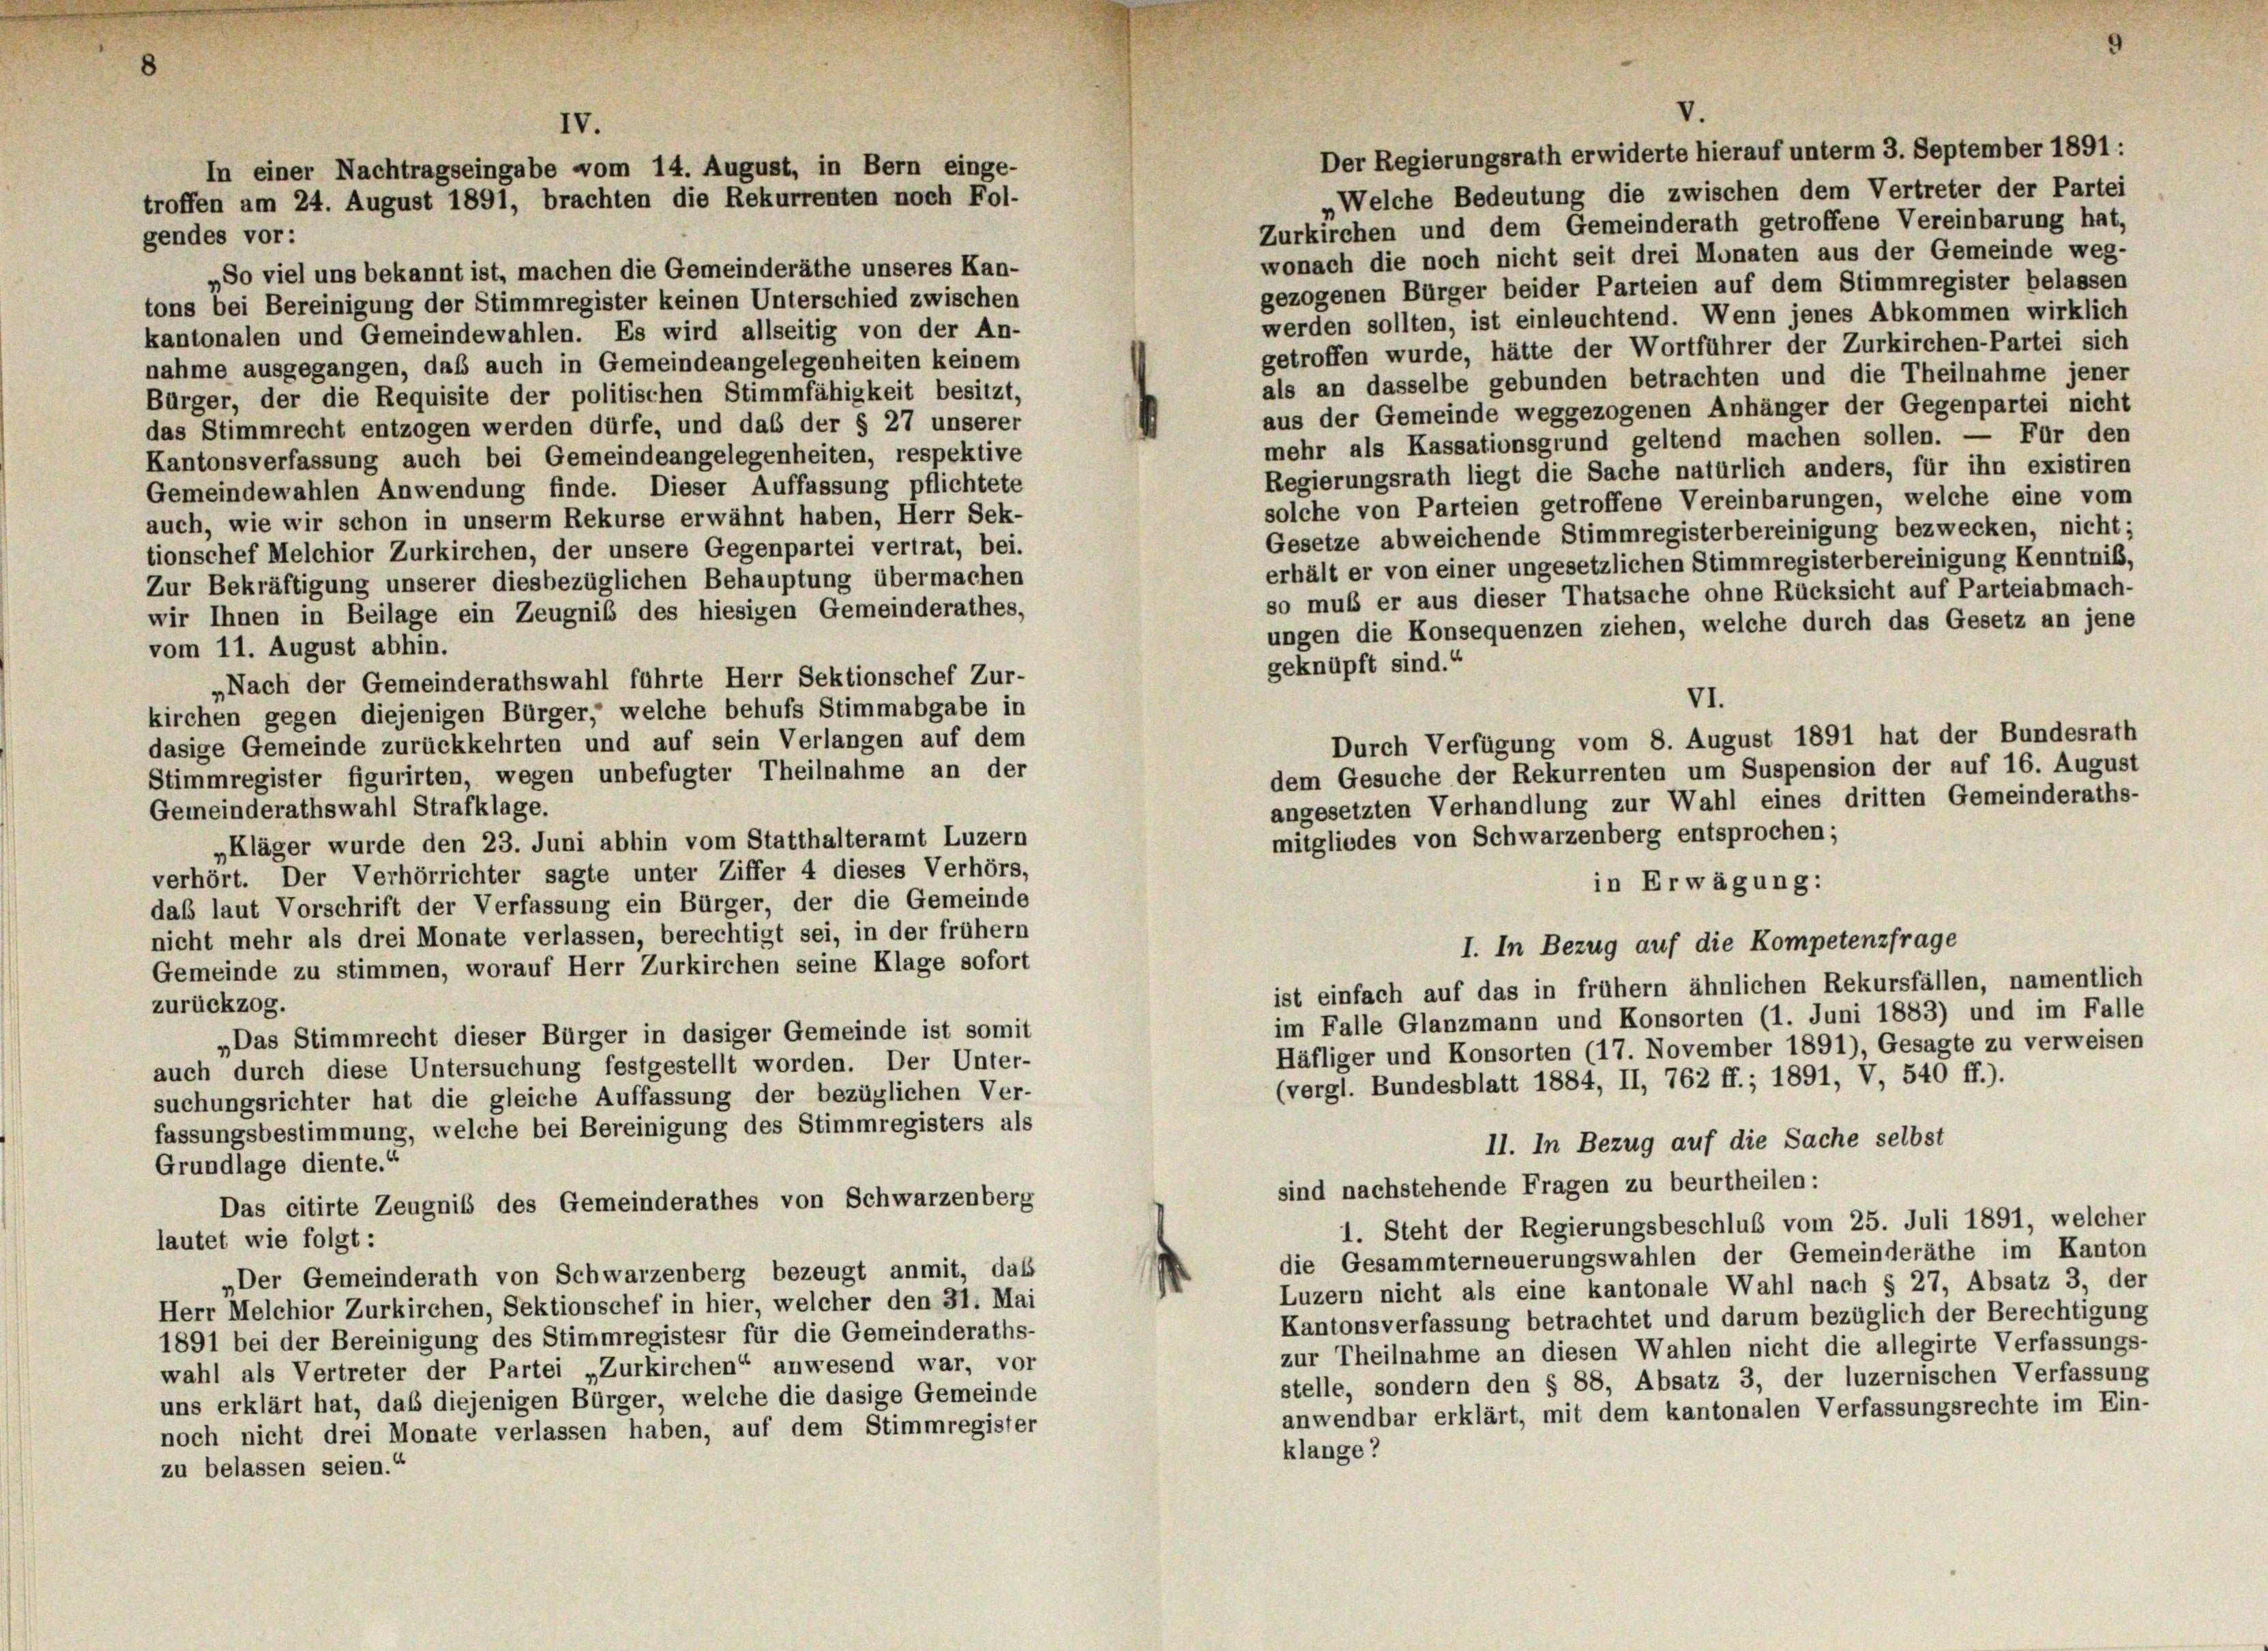
IV.
In einer Nachtragseingabe vom 14. August, in Bern einge-
troffen am 24. August 1891, brachten die Rekurrenten noch Fol-
gendes vor:

V.

Der Regierungsrath erwiderte hierauf unterm 3. September 1891 :
Welche Bedeutung die zwischen dem Vertreter der Partei
Zurkirchen und dem Gemeinderath getroffene Vereinbarung hat,
wonach die noch nicht seit drei Monaten aus der Gemeinde weg-
„So viel uns bekannt ist, machen die Gemeinderäthe unseres Kan-
gezogenen Bürger beider Parteien auf dem Stimmregister belassen
tons bei Bereinigung der Stimmregister keinen Unterschied zwischen
werden sollten, ist einleuchtend. Wenn jenes Abkommen wirklich
kantonalen und Gemeindewahlen. Es wird allseitig von der An-
getroffen wurde, hätte der Wortführer der Zurkirchen-Partei sich
nahme ausgegangen, daß auch in Gemeindeangelegenheiten keinem
als an dasselbe gebunden betrachten und die Theilnahme jener
Bürger, der die Requisite der politischen Stimmfähigkeit besitzt,
aus der Gemeinde weggezogenen Anhänger der Gegenpartei nicht
das Stimmrecht entzogen werden dürfe, und das der § 27 unserer
mehr als Kassationsgrund geltend machen sollen. — Für den
Kantonsverfassung auch bei Gemeindeangelegenheiten, respektive
Regierungsrath liegt die Sache natürlich anders, für ihn existiren
Gemeindewahlen Anwendung finde. Dieser Auffassung pflichtete
solche von Parteien getroffene Vereinbarungen, welche eine vom
auch, wie wir schon in unserm Rekurse erwähnt haben, Herr Sek-
Gesetze abweichende Stimmregisterbereinigung bezwecken, nicht;
tionschef Melchior Zurkirchen, der unsere Gegenpartei vertrat, bei.
erhält er von einer ungesetzlichen Stimmregisterbereinigung Kenntniß,
Zur Bekräftigung unserer diesbezüglichen Behauptung übermachen
so muß er aus dieser Thatsache ohne Rücksicht auf Parteiabmach-
wir Ihnen in Beilage ein Zeugnis des hiesigen Gemeinderathes,
ungen die Konsequenzen ziehen, welche durch das Gesetz an jene
vom 11. August abhin.
geknüpft sind.“
„Nach der Gemeinderathswahl führte Herr Sektionschef Zur-
VI.
kirchen gegen diejenigen Bürger, welche behufs Stimmabgabe in
Durch Verfügung vom 8. August 1891 hat der Bundesrath
dasige Gemeinde zurückkehrten und auf sein Verlangen auf dem
dem Gesuche der Rekurrenten um Suspension der auf 16. August
Stimmregister figurirten, wegen unbefugter Theilnahme an der
angesetzten Verhandlung zur Wahl eines dritten Gemeinderaths-
Gemeinderathswahl Strafklage.
mitgliedes von Schwarzenberg entsprochen;
„Kläger wurde den 23. Juni abhin vom Statthalteramt Luzern
verhört. Der Verhörrichter sagte unter Ziffer 4 dieses Verhörs,
in Erwägung:
daß laut Vorschrift der Verfassung ein Bürger, der die Gemeinde
nicht mehr als drei Monate verlassen, berechtigt sei, in der frühem
I. In Bezug auf die Kompetenzfrage
Gemeinde zu stimmen, worauf Herr Zurkirchen seine Klage sofort
ist einfach auf das in frühem ähnlichen Rekursfällen, namentlich
zurückzog.
im Falle Glanzmann und Konsorten (1. Juni 1883) und im Falle
„Das Stimmrecht dieser Bürger in dasiger Gemeinde ist somit
Häfliger und Konsorten (17. November 1891), Gesagte zu verweisen
auch durch diese Untersuchung festgestellt worden. Der Unter-
(vergl. Bundesblatt 1884, II, 762 ff.; 1891, V, 540 ff.).
suchungsrichter hat die gleiche Auffassung der bezüglichen Ver-
fassungsbestimmung, welche bei Bereinigung des Stimmregisters als
11. In Bezug auf die Sache selbst
Grundlage diente.“
sind nachstehende Fragen zu beurtheilen:
Das citirte Zeugnis des Gemeinderathes von Schwarzenberg
1. Steht der Regierungsbeschluß vom 25. Juli 1891, welcher
lautet wie folgt:
die Gesammterneuerungswahlen der Gemeinderäthe im Kanton
„Der Gemeinderath von Schwarzenberg bezeugt anmit, daß
Luzern nicht als eine kantonale Wahl nach § 27, Absatz 3, der
Herr Melchior Zurkirchen, Sektionschef in hier, welcher den 31. Mai
Kantonsverfassung betrachtet und darum bezüglich der Berechtigung
1891 bei der Bereinigung des Stimmregistesr für die Gemeinderaths-
zur Theilnahme an diesen Wahlen nicht die allegirte Verfassungs-
wahl als Vertreter der Partei „Zurkirchen“ anwesend war, vor
stelle, sondern den § 88, Absatz 3, der luzernischen Verfassung
uns erklärt hat, daß diejenigen Bürger, welche die dasige Gemeinde
anwendbar erklärt, mit dem kantonalen Verfassungsrechte im Ein-
noch nicht drei Monate verlassen haben, auf dem Stimmregister
klange?
zu belassen seien.“